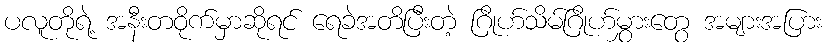
ပလူတိုရဲ့ အနီးတဝိုက်မှာဆိုရင် ရေခဲအတိပြီးတဲ့ ဂြိုဟ်သိမ်ဂြိုဟ်မွှားတွေ အများအပြား